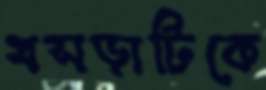
খসড়াটিকে